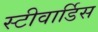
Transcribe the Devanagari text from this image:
स्‍टीवार्डिस